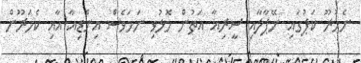
ނެހުރޫ ކަޕުގައި ނޭޕާލާއި ސީރިއާ އަތުން މޮޅުވި ނަމަވެސް އިންޑިއާ އާއި ކެމަރޫން